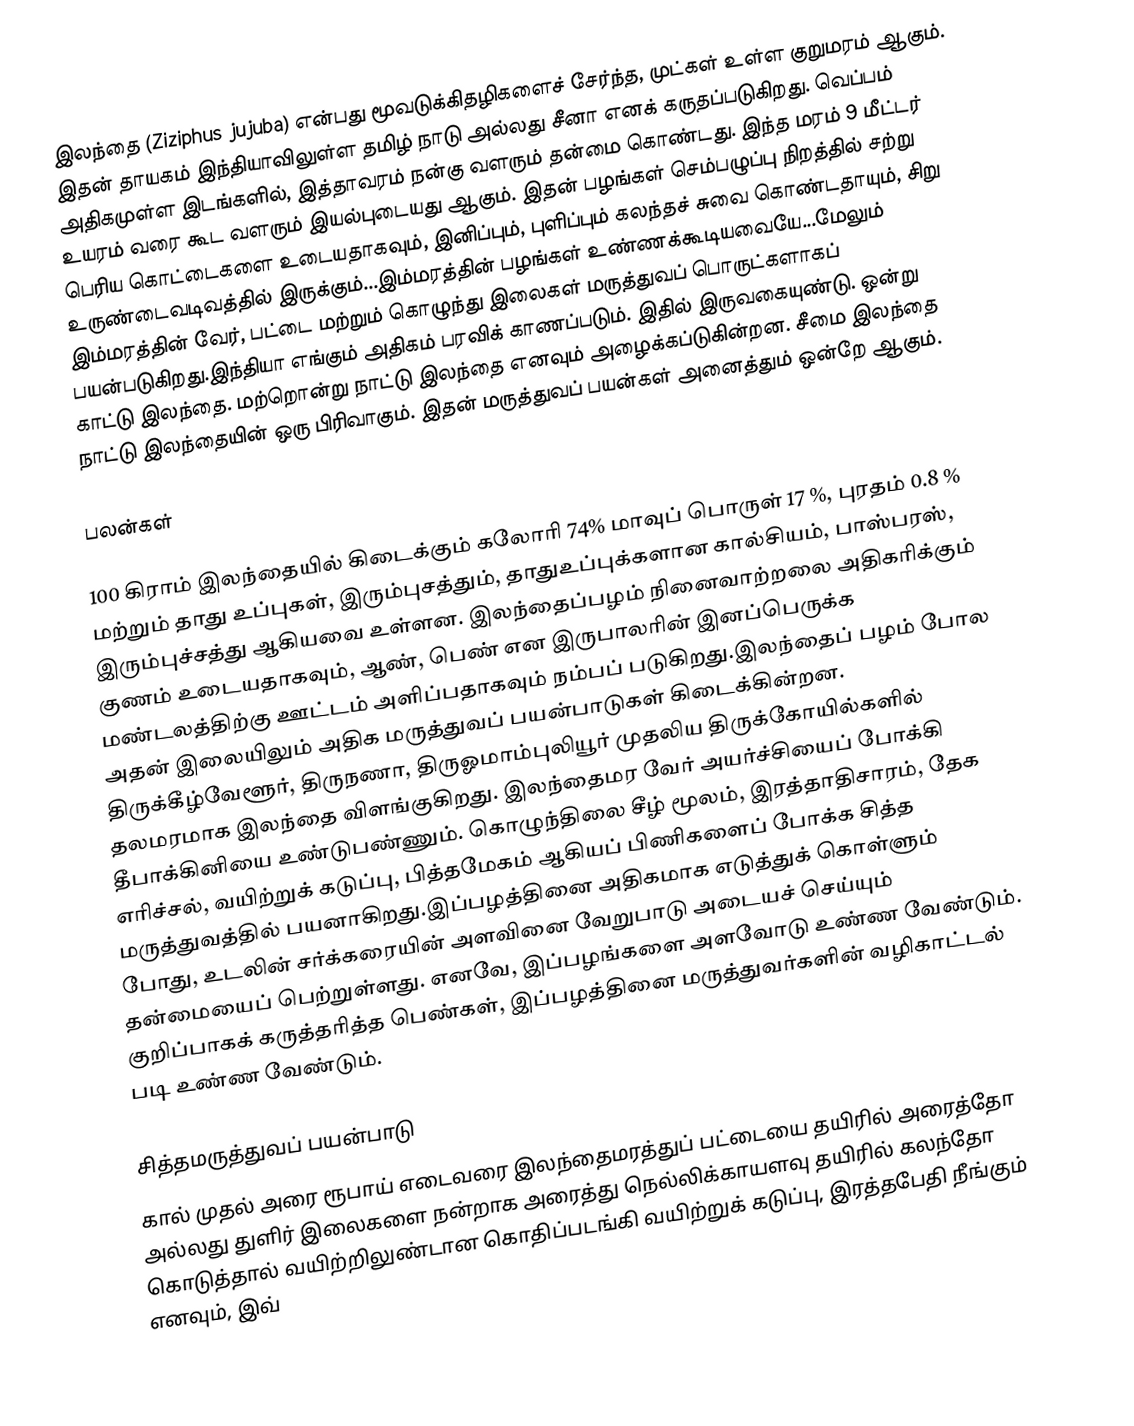
இலந்தை (Ziziphus jujuba) என்பது மூவடுக்கிதழிகளைச் சேர்ந்த, முட்கள் உள்ள குறுமரம் ஆகும். இதன் தாயகம் இந்தியாவிலுள்ள தமிழ் நாடு அல்லது சீனா எனக் கருதப்படுகிறது. வெப்பம் அதிகமுள்ள இடங்களில், இத்தாவரம் நன்கு வளரும் தன்மை கொண்டது. இந்த மரம் 9 மீட்டர் உயரம் வரை கூட வளரும் இயல்புடையது ஆகும். இதன் பழங்கள் செம்பழுப்பு நிறத்தில் சற்று பெரிய கொட்டைகளை உடையதாகவும், இனிப்பும், புளிப்பும் கலந்தச் சுவை கொண்டதாயும், சிறு உருண்டைவடிவத்தில் இருக்கும்...இம்மரத்தின் பழங்கள் உண்ணக்கூடியவையே...மேலும் இம்மரத்தின் வேர், பட்டை மற்றும் கொழுந்து இலைகள் மருத்துவப் பொருட்களாகப் பயன்படுகிறது.இந்தியா எங்கும் அதிகம் பரவிக் காணப்படும். இதில் இருவகையுண்டு. ஒன்று காட்டு இலந்தை. மற்றொன்று நாட்டு இலந்தை எனவும் அழைக்கப்டுகின்றன. சீமை இலந்தை நாட்டு இலந்தையின் ஒரு பிரிவாகும். இதன் மருத்துவப் பயன்கள் அனைத்தும் ஒன்றே ஆகும்.

பலன்கள்

100 கிராம் இலந்தையில் கிடைக்கும் கலோரி 74% மாவுப் பொருள் 17 %, புரதம் 0.8 % மற்றும் தாது உப்புகள், இரும்புசத்தும், தாதுஉப்புக்களான கால்சியம், பாஸ்பரஸ், இரும்புச்சத்து ஆகியவை உள்ளன. இலந்தைப்பழம் நினைவாற்றலை அதிகரிக்கும் குணம் உடையதாகவும், ஆண், பெண் என இருபாலரின் இனப்பெருக்க மண்டலத்திற்கு ஊட்டம் அளிப்பதாகவும் நம்பப் படுகிறது.இலந்தைப் பழம் போல அதன் இலையிலும் அதிக மருத்துவப் பயன்பாடுகள் கிடைக்கின்றன. திருக்கீழ்வேளூர், திருநணா, திருஓமாம்புலியூர் முதலிய திருக்கோயில்களில் தலமரமாக இலந்தை விளங்குகிறது. இலந்தைமர வேர் அயர்ச்சியைப் போக்கி தீபாக்கினியை உண்டுபண்ணும். கொழுந்திலை சீழ் மூலம், இரத்தாதிசாரம், தேக எரிச்சல், வயிற்றுக் கடுப்பு, பித்தமேகம் ஆகியப் பிணிகளைப் போக்க சித்த மருத்துவத்தில் பயனாகிறது.இப்பழத்தினை அதிகமாக எடுத்துக் கொள்ளும் போது, உடலின் சர்க்கரையின் அளவினை வேறுபாடு அடையச் செய்யும் தன்மையைப் பெற்றுள்ளது. எனவே, இப்பழங்களை அளவோடு உண்ண வேண்டும். குறிப்பாகக் கருத்தரித்த பெண்கள், இப்பழத்தினை மருத்துவர்களின் வழிகாட்டல் படி உண்ண வேண்டும்.

சித்தமருத்துவப் பயன்பாடு
கால் முதல் அரை ரூபாய் எடைவரை இலந்தைமரத்துப் பட்டையை தயிரில் அரைத்தோ அல்லது துளிர் இலைகளை நன்றாக அரைத்து நெல்லிக்காயளவு தயிரில் கலந்தோ கொடுத்தால் வயிற்றிலுண்டான கொதிப்படங்கி வயிற்றுக் கடுப்பு, இரத்தபேதி நீங்கும் எனவும், இவ்